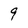
Character: 9